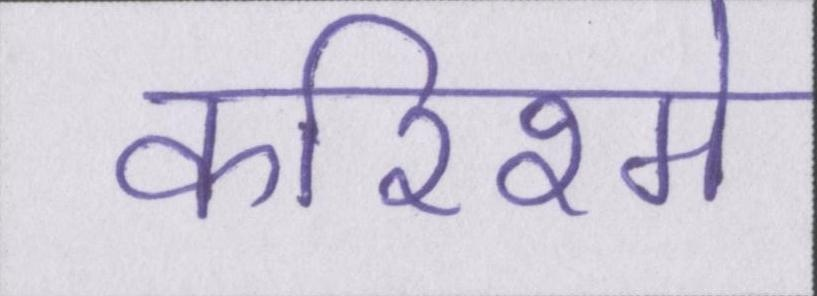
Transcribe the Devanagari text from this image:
करिश्मे